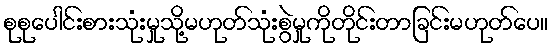
စုစုပေါင်းစားသုံးမှုသို့မဟုတ်သုံးစွဲမှုကိုတိုင်းတာခြင်းမဟုတ်ပေ။